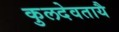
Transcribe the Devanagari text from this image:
कुलदेवतायै